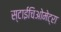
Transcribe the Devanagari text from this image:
स्टाईचिओमेट्रा